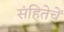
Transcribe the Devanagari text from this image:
संहितेचें